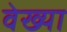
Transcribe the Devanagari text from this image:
वेख्या